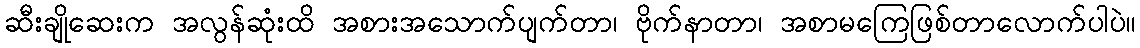
ဆီးချိုဆေးက အလွန်ဆုံးထိ အစားအသောက်ပျက်တာ၊ ဗိုက်နာတာ၊ အစာမကြေဖြစ်တာလောက်ပါပဲ။